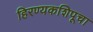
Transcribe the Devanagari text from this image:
हिरण्यकशिपूचा